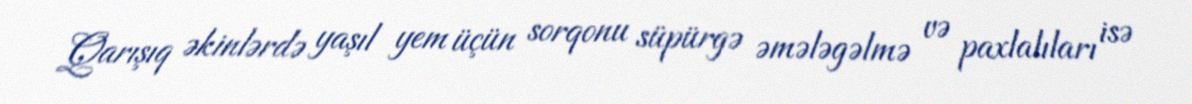
Qarışıq əkinlərdə yaşıl yem üçün sorqonu süpürgə əmələgəlmə və paxlalıları isə